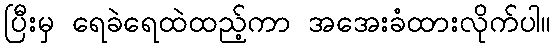
ပြီးမှ ရေခဲရေထဲထည့်ကာ အအေးခံထားလိုက်ပါ။